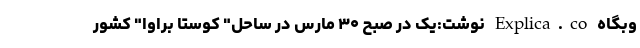
وبگاه Explica.co نوشت:یک در صبح ۳۰ مارس در ساحل" کوستا براوا" کشور